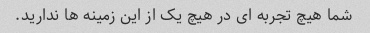
شما هیچ تجربه ای در هیچ یک از این زمینه ها ندارید.